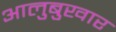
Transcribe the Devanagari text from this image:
आलुबुखार